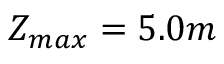
Z _ { m a x } = 5 . 0 m